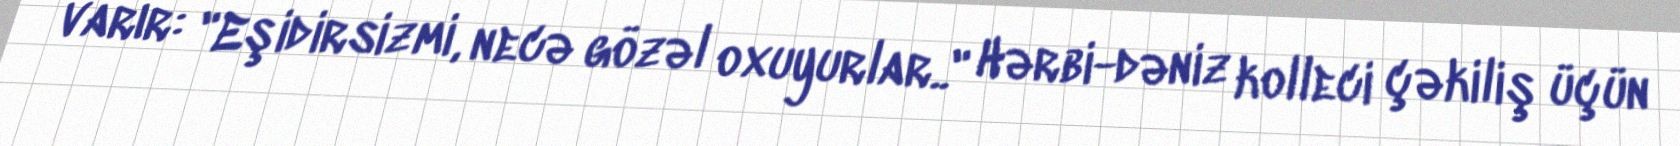
varır: "Eşidirsizmi, necə gözəl oxuyurlar.." Hərbi-dəniz kolleci çəkiliş üçün